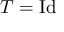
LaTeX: T = \mathrm { { I d } }